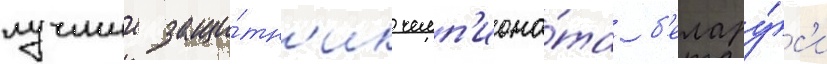
лучшии защи́тн'ик чемп'иона́та б'елару́с'и